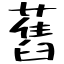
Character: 舊